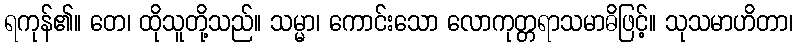
ရကုန်၏။ တေ၊ ထိုသူတို့သည်။ သမ္မာ၊ ကောင်းသော လောကုတ္တရာသမာဓိဖြင့်။ သုသမာဟိတာ၊